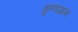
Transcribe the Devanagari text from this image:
कुण्डग्राम